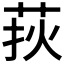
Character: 𦰂